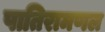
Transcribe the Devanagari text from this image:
पातिरामणल